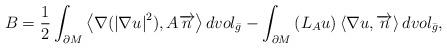
LaTeX: \begin{align*}B = \frac{1}{2}\int_{\partial M} {\left\langle {\nabla ({{\left| {\nabla u} \right|}^2}),A\overrightarrow{n}} \right\rangle dvo{l_{\bar g}}} - \int_{\partial M} {({L_A}u)\left\langle {\nabla u,\overrightarrow{n}} \right\rangle dvo{l_{\bar g}}},\end{align*}